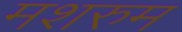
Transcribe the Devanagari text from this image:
मशरुम